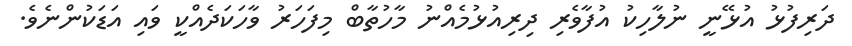
ދަރިފުޅު އުޅޭނީ ނުލާހިކު އުފާވެރި ދިރިއުޅުމެއްނު މާހުތާބް މިފަހަރު ވާހަކަދެއްކީ ވައި އަޑަކުންނެވެ.